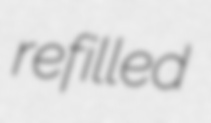
refilled